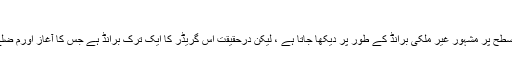
9. جماعت کے طالب علم
اگرچہ اسے پہلی نظر میں عالمی سطح پر مشہور غیر ملکی برانڈ کے طور پر دیکھا جاتا ہے ، لیکن درحقیقت اس گریڈر کا ایک ترک برانڈ ہے جس کا آغاز اورم ضلع کے اسکیلیپ ضلع سے ہوتا ہے۔